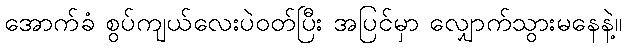
အောက်ခံ စွပ်ကျယ်လေးပဲဝတ်ပြီး အပြင်မှာ လျှောက်သွားမနေနဲ့။